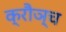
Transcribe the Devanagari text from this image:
क्रौञ्च